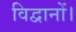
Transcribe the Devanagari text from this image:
विद्वानों।